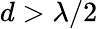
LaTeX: d>\lambda/2